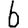
Digit: 6